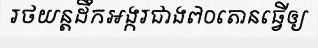
រថយន្តដឹកអង្ករជាង៧០តោនធ្វើឲ្យ